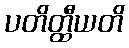
ပတိတ္ထီယတိ